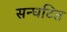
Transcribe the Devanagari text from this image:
सन्घटित